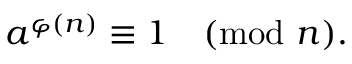
a ^ { \varphi ( n ) } \equiv 1 { \pmod { n } } .